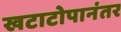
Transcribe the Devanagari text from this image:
खटाटोपानंतर